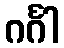
ဂင်္ဂါ